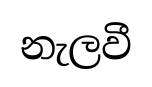
නැලවී